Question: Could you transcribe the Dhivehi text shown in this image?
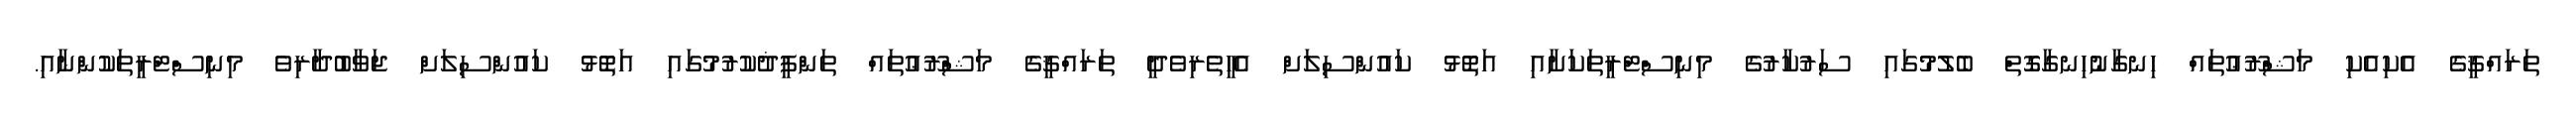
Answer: ތަރައްޤީގެ އެކިއެކި މަޝްރޫޢުތައް ހިނގާނުހިނގާގޮތް ބެލުމުގައި ސަރުކާރުގެ މިނިސްޓްރީތަކަށާއި އަތޮޅު ކައުންސިލަށް އެހީތެރިވެދީ ތަރައްޤީގެ މަޝްރޫޢުތައް ތަންފީޛުކުރުމުގައި އަތޮޅު ކައުންސިލަށް ޖަވާބުދާރިވެ މިނިސްޓްރީތަކުންނާއި.